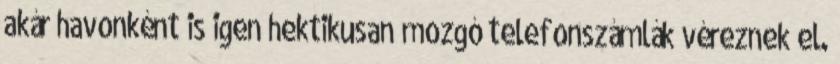
akár havonként is igen hektikusan mozgó telefonszámlák véreznek el.